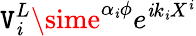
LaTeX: \mathtt{V}_{\mathit{i}}^{L}\sime^{\alpha_{\mathit{i}}\phi}e^{\mathit{i}k_{\mathit{i}}X^{\mathit{i}}}